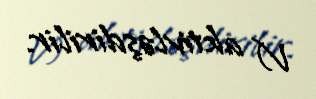
V) aktivləşdirilir.